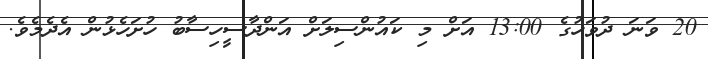
20 ވަނަ ދުވަހުގެ 13:00 އަށް މި ކައުންސިލަށް އަންދާސީހިސާބު ހުށަހެޅުން އެދެމެވެ.